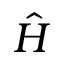
\hat { H }